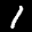
Label: 1